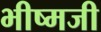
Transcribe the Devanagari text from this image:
भीष्मजी